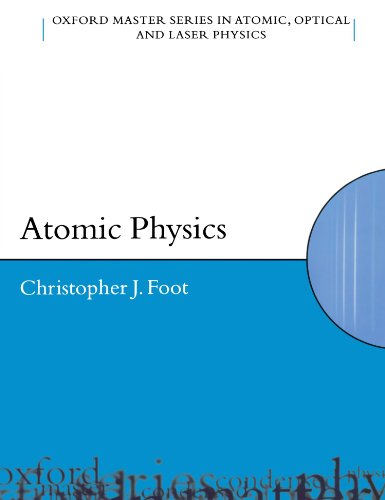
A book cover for Atomic Physics (Oxford Master Series in Atomic, Optical and Laser Physics); Christopher J. Foot; Science & Math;